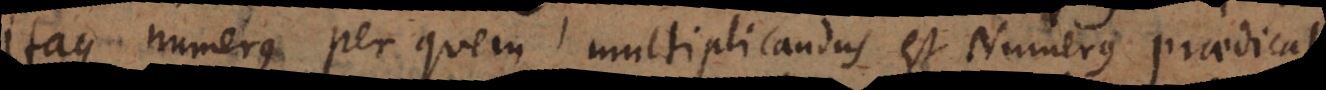
Itaque numerus per quem multiplicandus est Numerus praedicati,